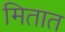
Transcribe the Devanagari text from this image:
मितात